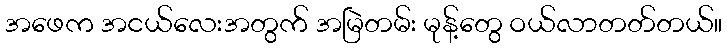
အဖေက အငယ်လေးအတွက် အမြဲတမ်း မုန့်တွေ ဝယ်လာတတ်တယ်။